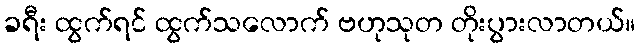
ခရီး ထွက်ရင် ထွက်သလောက် ဗဟုသုတ တိုးပွားလာတယ်။